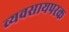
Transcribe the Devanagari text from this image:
व्‍यवसायपरक